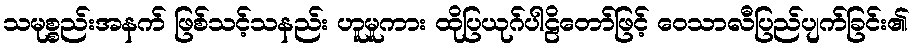
သမုစ္စည်းအနက် ဖြစ်သင့်သနည်း ဟူမူကား ထိုပြယုဂ်ပါဠိတော်ဖြင့် ဝေသာလီပြည်ပျက်ခြင်း၏